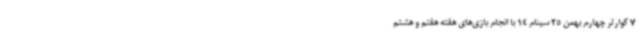
7 کوارتر چهارم بهمن 25 سینام 14 با انجام بازی‌های هفته هفتم و هشتم